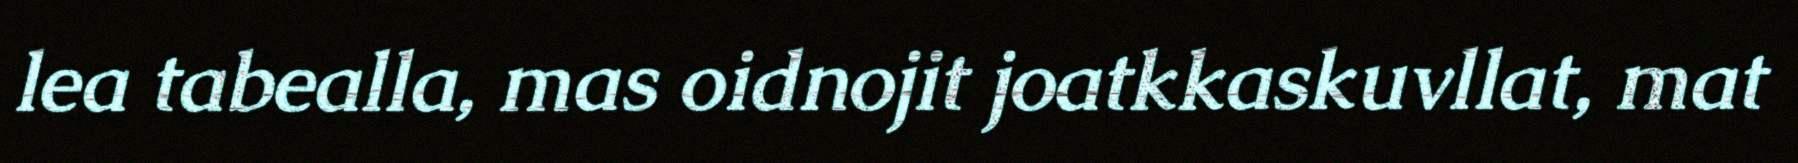
lea tabealla, mas oidnojit joatkkaskuvllat, mat